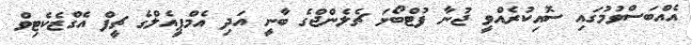
އެއްބަސްވުމުގައި ސޮއިކުރެއްވީ ޖުނާ ފުޓްބޯޅަ ޗެލެންޖްގެ ބާނީ އަދި އެމްޕީއެލްގެ ޗީފް އެގްޒެކެޓިވް